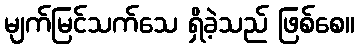
မျက်မြင်သက်သေ ရှိခဲ့သည် ဖြစ်စေ။